Vaccination in Bombay 1913-1923 - 1913-1923
Year: 1913
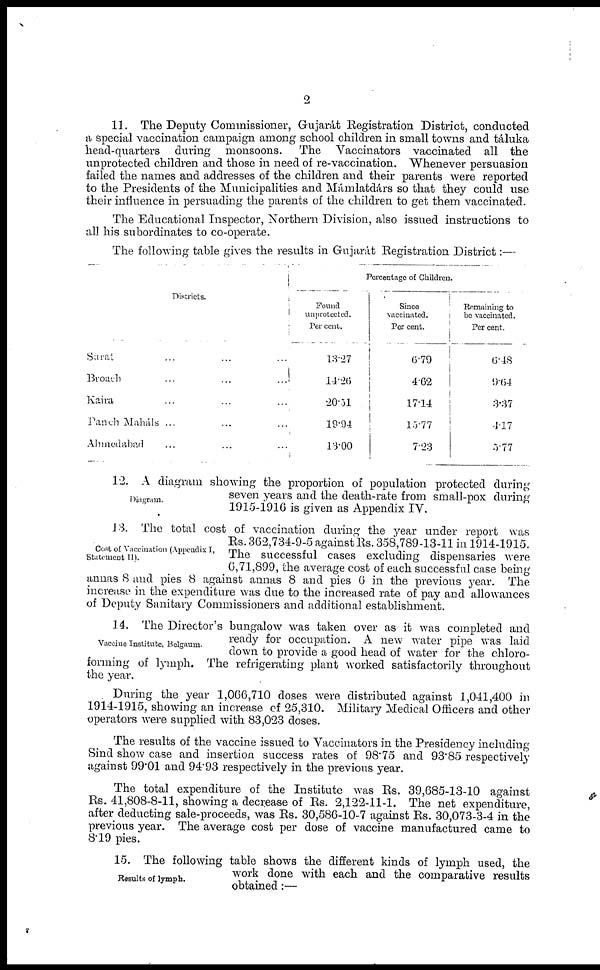
2
11. The Deputy Commissioner, Gujarat Registration District, conducted
a special vaccination campaign among school children in small towns and táluka
head-quarters during monsoons. The Vaccinators vaccinated all the
unprotected children and those in need of re-vaccination. Whenever persuasion
failed the names and addresses of the children and their parents were reported
to the Presidents of the Municipalities and Mámlatdárs so that they could use
their influence in persuading the parents of the children to get them vaccinated.
The Educational Inspector, Northern Division, also issued instructions to
all his subordinates to co-operate.
The following table gives the results in Gujarát Registration District:—
Districts.
Surat ... ... ...
Broach
...
...
...
Kaira ... ... ...
Panch Maháls ...
Ahmedabad ...
Percentage of Children.
Found
unprotected.
Per cent.
13.27
14.26
20.51
19.94
13.00
Since
vaccinated.
Per cent.
6.79
4.62
17.14
15.77
7.23
Remaining to
be vaccinated.
Per cent.
6.48
9.64
3.37
4.17
5.77
Diagram.
12. A diagram showing the proportion of population protected during
seven years and the death-rate from small-pox during
1915-1916 is given as Appendix IV.
Cost of Vaccination (Appendix I,
Statement II).
13. The total cost of vaccination during the year under report was
Rs. 362,734-9-5 against Rs. 358,789-13-11 in 1914-1915.
The successful cases excluding dispensaries were
6,71,899, the average cost of each successful case being
annas 8 and pies 8 against annas 8 and pies 6 in the previous year. The
increase in the expenditure was due to the increased rate of pay and allowances
of Deputy Sanitary Commissioners and additional establishment.
Vaccine Institute, Belgaum.
14. The Director's bungalow was taken over as it was completed and
ready for occupation. A new water pipe was laid
down to provide a- good head of water for the chloro-
forming of lymph. The refrigerating plant worked satisfactorily throughout
the year.
During the year 1,066,710 doses were distributed against 1,041,400 in
1914-1915, showing an increase of 25,310. Military Medical Officers and other
operators were supplied with 83,023 doses.
The results of the vaccine issued to Vaccinators in the Presidency including
Sind show case and insertion success rates of 98.75 and 93.85 respectively
against 99.01 and 94.93 respectively in the previous year.
The total expenditure of the Institute was Rs. 39,685-13-10 against
Rs. 41,808-8-11, showing a decrease of Rs. 2,122-11-1. The net expenditure,
after deducting sale-proceeds, was Rs. 30,586-10-7 against Rs. 30,073-3-4 in the
previous year. The average cost per dose of vaccine manufactured came to
8.19 pies.
Results of lymph.
15. The following table shows the different kinds of lymph used, the
work done with each and the comparative results
obtained:—